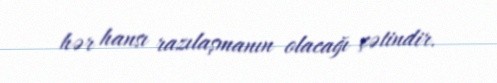
hər hansı razılaşmanın olacağı çətindir.